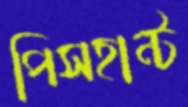
পিসহান্ট